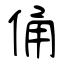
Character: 俑